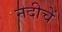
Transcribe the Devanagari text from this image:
नदीचें